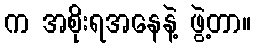
က အစိုးရအနေနဲ့ ဖွဲ့တာ။